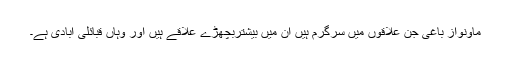
ماؤنواز باغی جن علاقوں میں سرگرم ہیں ان میں بیشتربچھڑے علاقے ہیں اور وہاں قبائلی آبادی ہے۔